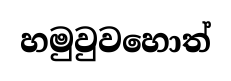
හමුවුවහොත්